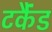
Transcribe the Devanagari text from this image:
टर्कैंड